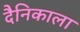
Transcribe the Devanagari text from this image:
दैनिकाला